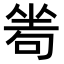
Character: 𠷜